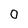
Character: 0